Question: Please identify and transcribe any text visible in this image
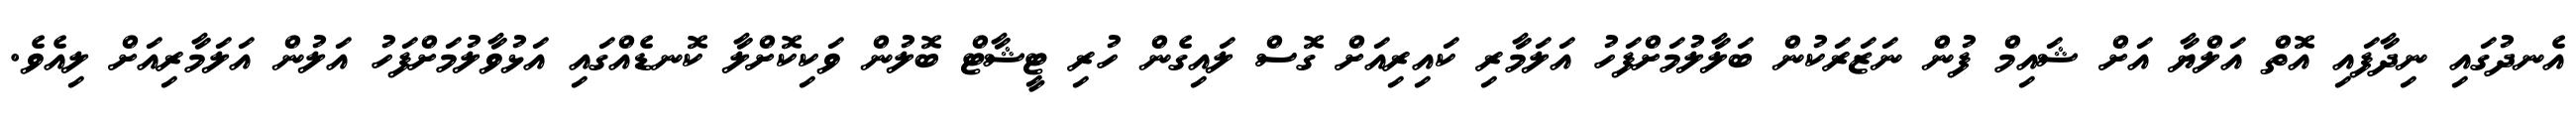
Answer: އެނދުގައި ނިދާފައި އޮތް އަލްޔާ އަށް ޝައިމް ފުން ނަޒަރަކުން ބަލާލުމަށްފަހު އަލަމާރި ކައިރިއަށް ގޮސް ލައިގެން ހުރި ޓީޝާޓް ބޮލުން ވަކިކޮށްލާ ކޮނޑެއްގައި އަޅުވާލުމަށްފަހު އަލުން އަލަމާރިއަށް ލިއެވެ.